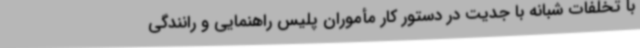
با تخلفات شبانه با جدیت در دستور کار مأموران پلیس راهنمایی و رانندگی